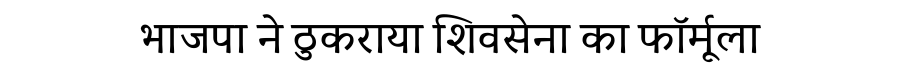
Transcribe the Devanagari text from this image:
भाजपा ने ठुकराया शिवसेना का फॉर्मूला